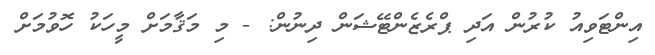
އިންޓަވިއު ކުރުން އަދި ޕްރެޒެންޓޭޝަން ދިނުން: - މި މަޤާމަށް މީހަކު ހޮވުމަށް